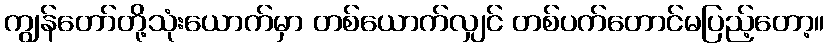
ကျွန်တော်တို့သုံးယောက်မှာ တစ်ယောက်လျှင် တစ်ပက်တောင်မပြည့်တော့။